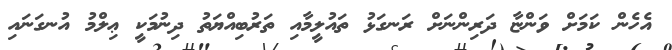
އެހެން ކަމަށް ވަންޏާ ދަރިންނަށް ރަނގަޅު ތައުލީމާއި ތަރުބިއްޔަތު ދިނުމަކީ ޢިލްމު އުނގަނައި